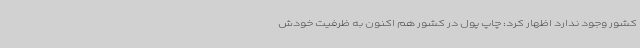
کشور وجود ندارد اظهار کرد: چاپ پول در کشور هم اکنون به ظرفیت خودش